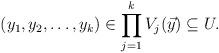
LaTeX: \begin{align*} (y_1 , y_2 , \ldots , y_k ) \in \prod_{j=1}^k V_j(\vec y) \subseteq U. \end{align*}